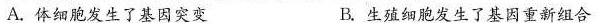
A.体细胞发生了基因突变 B.生殖细胞发生了基因重新组合